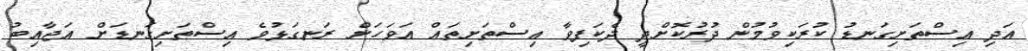
އަދި އިސްތަށިގަނޑު ކުރަކިވުމުން ދުރުކޮށްދީ ދެކަފިވާ އިސްތަށިތައް އަވަހަށް ރަނގަޅުވެ އިސްތަށިގަނޑަށް އަޖާއިބު